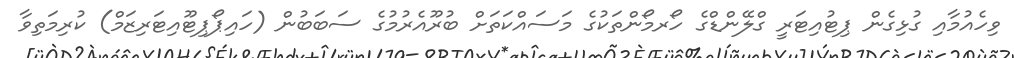
ވިހެއުމާއި ގުޅިގެން ޕިޓުއިޓަރީ ގްލޭންޑްގެ ހޯރމޯންތަކުގެ މަސައްކަތަށް ބުރޫއެރުމުގެ ސަބަބުން (ހައިޕޯޕިޓޫއިޓަރިޒަމް) ކުރިމަތިވާ